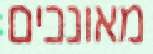
מאונכים